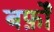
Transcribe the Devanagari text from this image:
बर्फ़ों